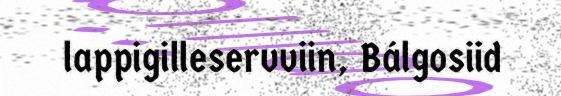
lappigilleservviin, Bálgosiid